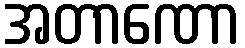
အတာဏော